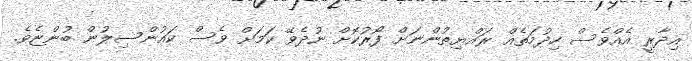
އިދާރީ އެއްވެސް ހިދުމަތެއް ރައްޔިތުންނަށް ފޯރުކޮށް ނުދެވޭ ކަމަށް ވެސް ކައުންސިލުން ބުންޏެވެ.